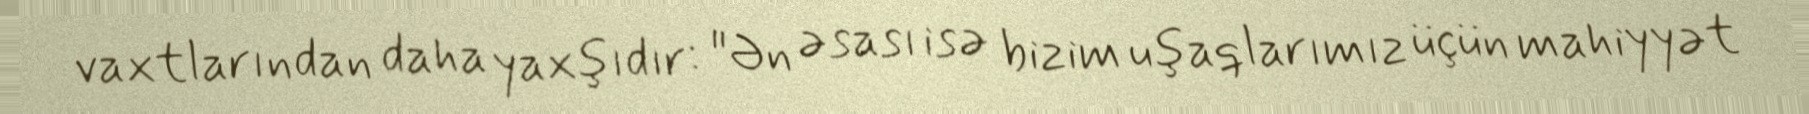
vaxtlarından daha yaxşıdır: "Ən əsası isə bizim uşaqlarımız üçün mahiyyət